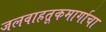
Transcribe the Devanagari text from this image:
जलवाहतूकमार्गाचा